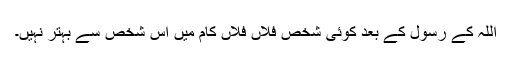
اللہ کے رسول کے بعد کوئی شخص فلاں فلاں کام میں اس شخص سے بہتر نہیں۔